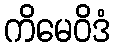
ကိမေဝိဒံ